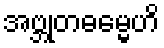
အဗ္ဘုတဓမ္မေဟိ